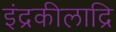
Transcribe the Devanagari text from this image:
इंद्रकीलाद्रि